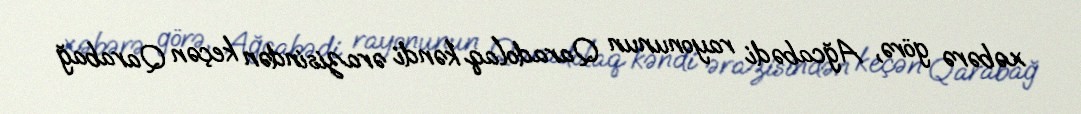
xəbərə görə, Ağcabədi rayonunun Qaradolaq kəndi ərazisindən keçən Qarabağ